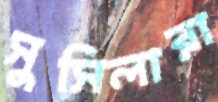
সুসিলারা